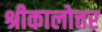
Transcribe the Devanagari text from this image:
श्रीकालोत्तर